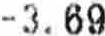
-3.69